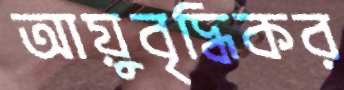
আয়ুবৃদ্ধিকর